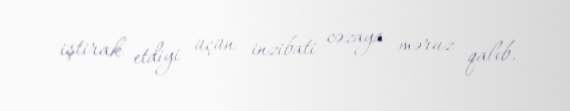
iştirak etdiyi üçün inzibati cəzaya məruz qalıb.